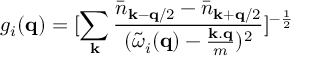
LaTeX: g _ { i } ( { \bf { q } } ) = [ \sum _ { { \bf { k } } } \frac { { \bar { n } } _ { { \bf { k } } - { \bf { q } } / 2 } - { \bar { n } } _ { { \bf { k } } + { \bf { q } } / 2 } } { ( { \tilde { \omega } } _ { i } ( { \bf { q } } ) - \frac { { \bf { k . q } } } { m } ) ^ { 2 } } ] ^ { - \frac { 1 } { 2 } }